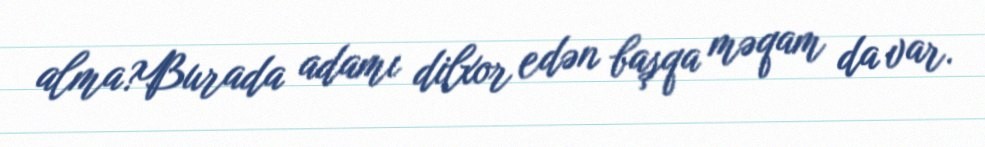
alma?Burada adamı dilxor edən başqa məqam da var.